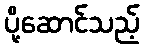
ပို့ဆောင်သည့်